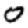
Digit: 0